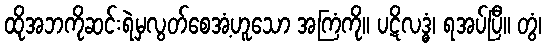
ထိုအဘကိုဆင်းရဲမှလွတ်စေအံ့ဟူသော အကြံကို။ ပဋိလဒ္ဓံ၊ ရအပ်ပြီ။ တွံ၊